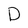
Character: D